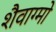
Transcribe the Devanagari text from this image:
शैवाग्मो